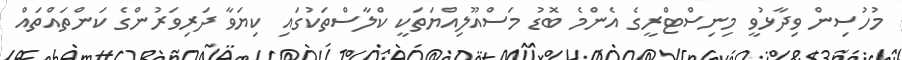
މުހުސިން ވިދާޅުވީ މިނިސްޓްރީގެ އެންމެ ބޮޑު މަސްއޫލިއްޔަތަކީ ކްލާސްތަކުގައި ކިޔަވާ ދަރިވަރުންގެ ކަންތައްތައް